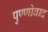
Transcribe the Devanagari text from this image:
पुण्णोवाद